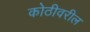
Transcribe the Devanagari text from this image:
कोठीवरील